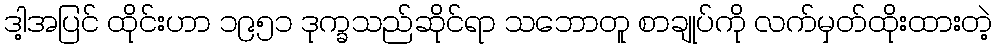
ဒါ့အပြင် ထိုင်းဟာ ၁၉၅၁ ဒုက္ခသည်ဆိုင်ရာ သဘောတူ စာချုပ်ကို လက်မှတ်ထိုးထားတဲ့